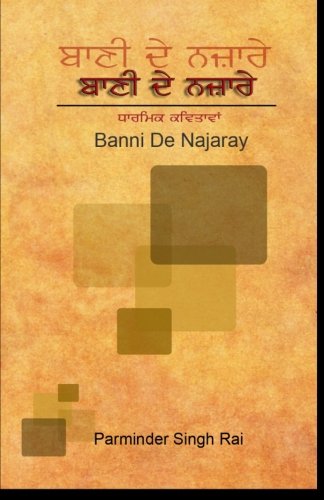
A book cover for Bani De Najaray (Punjabi Edition); Mr. Parminder Singh Rai; Religion & Spirituality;